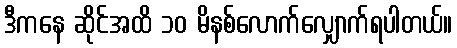
ဒီကနေ ဆိုင်အထိ ၁၀ မိနစ်လောက်လျှောက်ရပါတယ်။